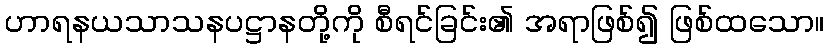
ဟာရနယသာသနပဋ္ဌာနတို့ကို စီရင်ခြင်း၏ အရာဖြစ်၍ ဖြစ်ထသော။